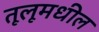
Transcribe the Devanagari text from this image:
तूलूमधील